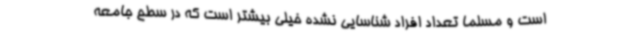
است و مسلما تعداد افراد شناسایی نشده خیلی بیشتر است که در سطح جامعه